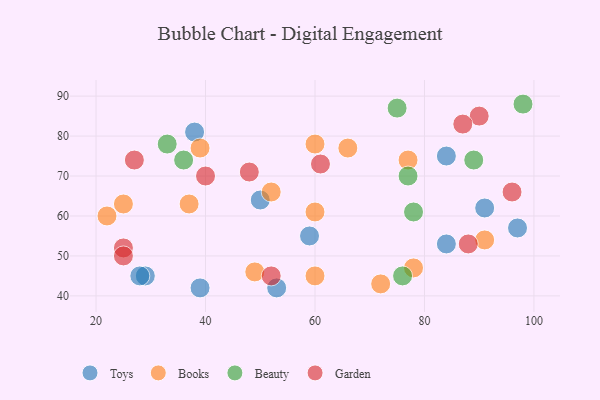
{"axis": {"x": "GDP", "y": "Life Expectancy"}, "legend": ["Beauty", "Books", "Garden", "Toys"], "data": [{"x": "97", "y": 57, "type": "Toys"}, {"x": "38", "y": 81, "type": "Toys"}, {"x": "84", "y": 75, "type": "Toys"}, {"x": "29", "y": 45, "type": "Toys"}, {"x": "39", "y": 42, "type": "Toys"}, {"x": "91", "y": 62, "type": "Toys"}, {"x": "84", "y": 53, "type": "Toys"}, {"x": "53", "y": 42, "type": "Toys"}, {"x": "28", "y": 45, "type": "Toys"}, {"x": "59", "y": 55, "type": "Toys"}, {"x": "50", "y": 64, "type": "Toys"}, {"x": "72", "y": 43, "type": "Books"}, {"x": "78", "y": 47, "type": "Books"}, {"x": "60", "y": 78, "type": "Books"}, {"x": "37", "y": 63, "type": "Books"}, {"x": "39", "y": 77, "type": "Books"}, {"x": "25", "y": 63, "type": "Books"}, {"x": "60", "y": 45, "type": "Books"}, {"x": "66", "y": 77, "type": "Books"}, {"x": "52", "y": 66, "type": "Books"}, {"x": "77", "y": 74, "type": "Books"}, {"x": "22", "y": 60, "type": "Books"}, {"x": "91", "y": 54, "type": "Books"}, {"x": "60", "y": 61, "type": "Books"}, {"x": "49", "y": 46, "type": "Books"}, {"x": "77", "y": 70, "type": "Beauty"}, {"x": "98", "y": 88, "type": "Beauty"}, {"x": "76", "y": 45, "type": "Beauty"}, {"x": "78", "y": 61, "type": "Beauty"}, {"x": "89", "y": 74, "type": "Beauty"}, {"x": "36", "y": 74, "type": "Beauty"}, {"x": "33", "y": 78, "type": "Beauty"}, {"x": "75", "y": 87, "type": "Beauty"}, {"x": "25", "y": 52, "type": "Garden"}, {"x": "90", "y": 85, "type": "Garden"}, {"x": "52", "y": 45, "type": "Garden"}, {"x": "48", "y": 71, "type": "Garden"}, {"x": "87", "y": 83, "type": "Garden"}, {"x": "61", "y": 73, "type": "Garden"}, {"x": "96", "y": 66, "type": "Garden"}, {"x": "27", "y": 74, "type": "Garden"}, {"x": "88", "y": 53, "type": "Garden"}, {"x": "25", "y": 50, "type": "Garden"}, {"x": "40", "y": 70, "type": "Garden"}]}